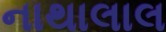
નાથાલાલ